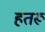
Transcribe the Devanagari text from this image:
हतरू